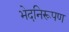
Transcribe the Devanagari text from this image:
भेदनिरूपण